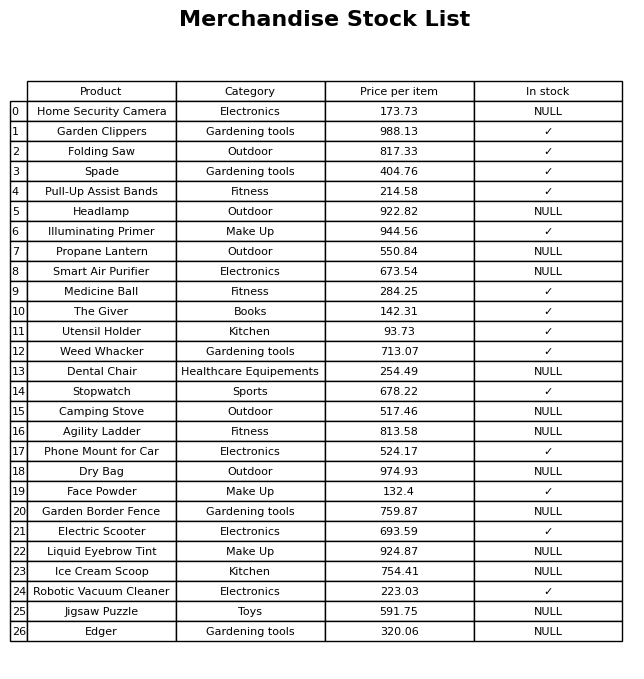
question: Is the Weed Whacker in stock?
answer: ✓